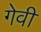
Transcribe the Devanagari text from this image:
गेवी